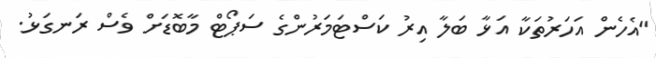
"އެހެން އަހަރުތަކާ އަޅާ ބަލާ އިރު ކަސްޓަމަރުންގެ ސަޕޯޓް މާބޮޑަށް ވެސް ރަނގަޅު.